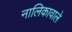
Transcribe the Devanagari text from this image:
नालिकावाले